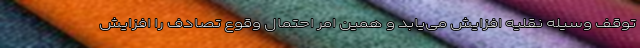
توقف وسیله نقلیه افزایش می‌یابد و همین امر احتمال وقوع تصادف را افزایش